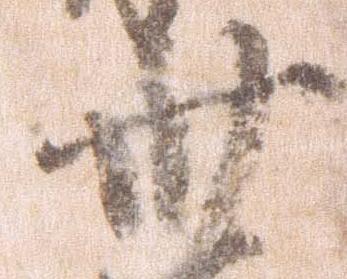
卅